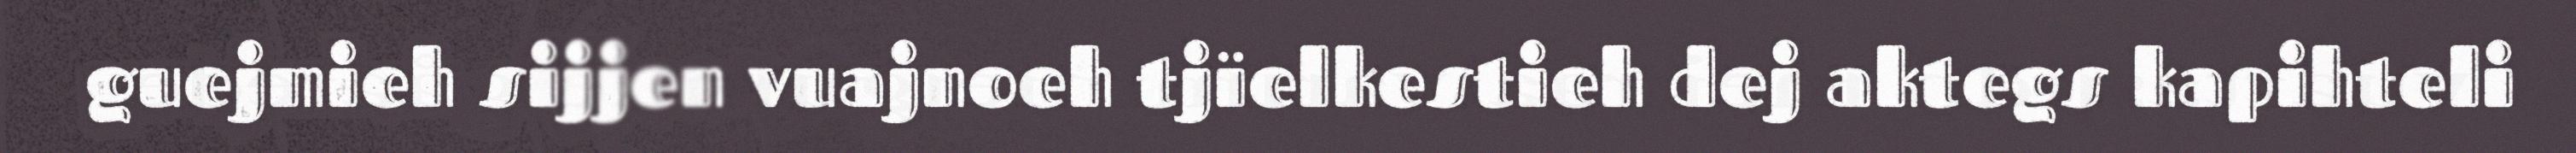
guejmieh sijjen vuajnoeh tjïelkestieh dej aktegs kapihteli